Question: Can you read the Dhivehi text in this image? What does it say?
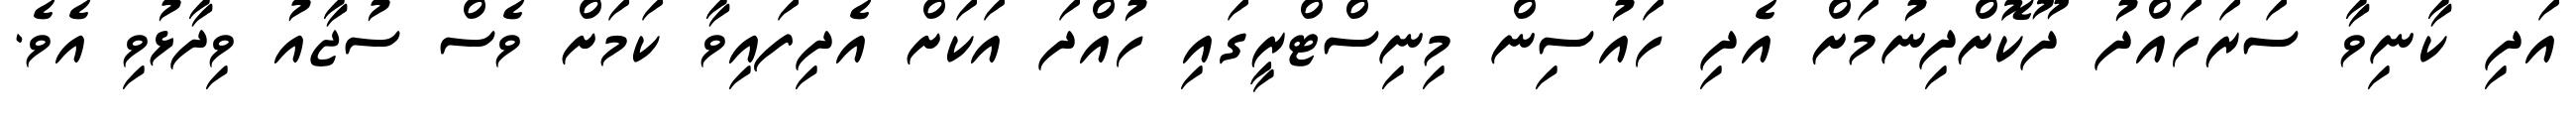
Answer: އަދި ކާނިވާ ސަރަހައްދު ދޫކޮށްދިނުމަށް އެދި ހައުސިން މިނިސްޓްރީގައި ހުއްދަ އަކަށް އެދިފައިވާ ކަމަށް ވެސް ސުޖާއު ވިދާޅުވި އެވެ.